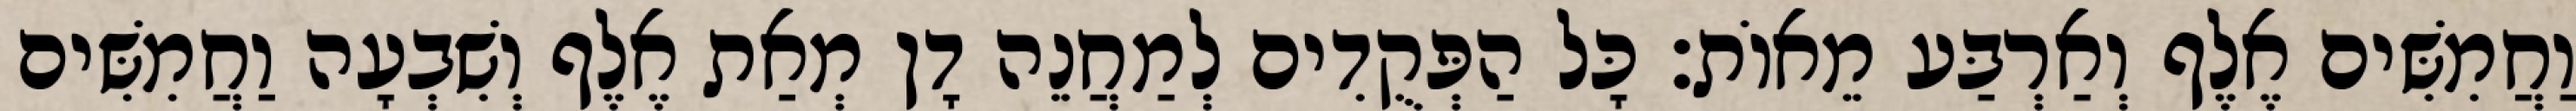
וַחֲמִשִּׁים אֶלֶף וְאַרְבַּע מֵאוֹת׃ כָּל הַפְּקֻדִים לְמַחֲנֵה דָן מְאַת אֶלֶף וְשִׁבְעָה וַחֲמִשִּׁים